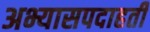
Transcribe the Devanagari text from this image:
अभ्यासपदाहती